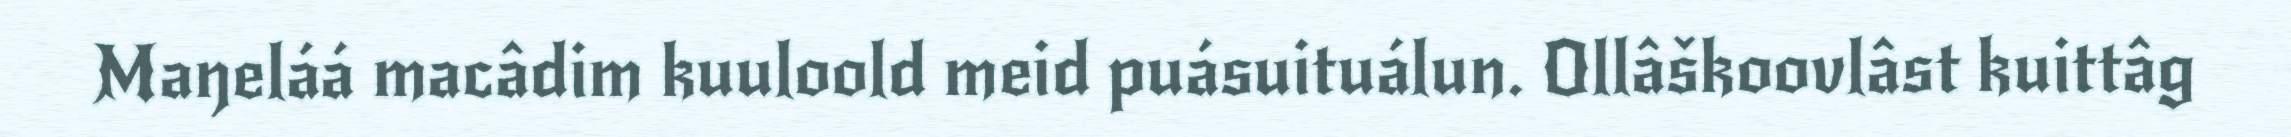
Maŋeláá macâdim kuuloold meid puásuituálun. Ollâškoovlâst kuittâg